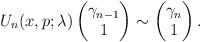
LaTeX: \begin{align*}U_n(x,p;\lambda)\begin{pmatrix} \gamma_{n-1} \\ 1 \end{pmatrix}\sim\begin{pmatrix} \gamma_n \\ 1 \end{pmatrix}.\end{align*}